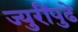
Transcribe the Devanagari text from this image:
ज्युरींपुढे